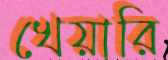
খেয়ারি